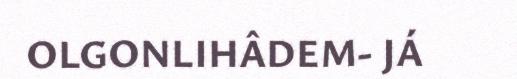
OLGONLIHÂDEM- JÁ